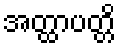
အတ္ထာပတ္တိ